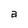
Character: a